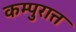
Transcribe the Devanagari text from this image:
कम्पुरात्त